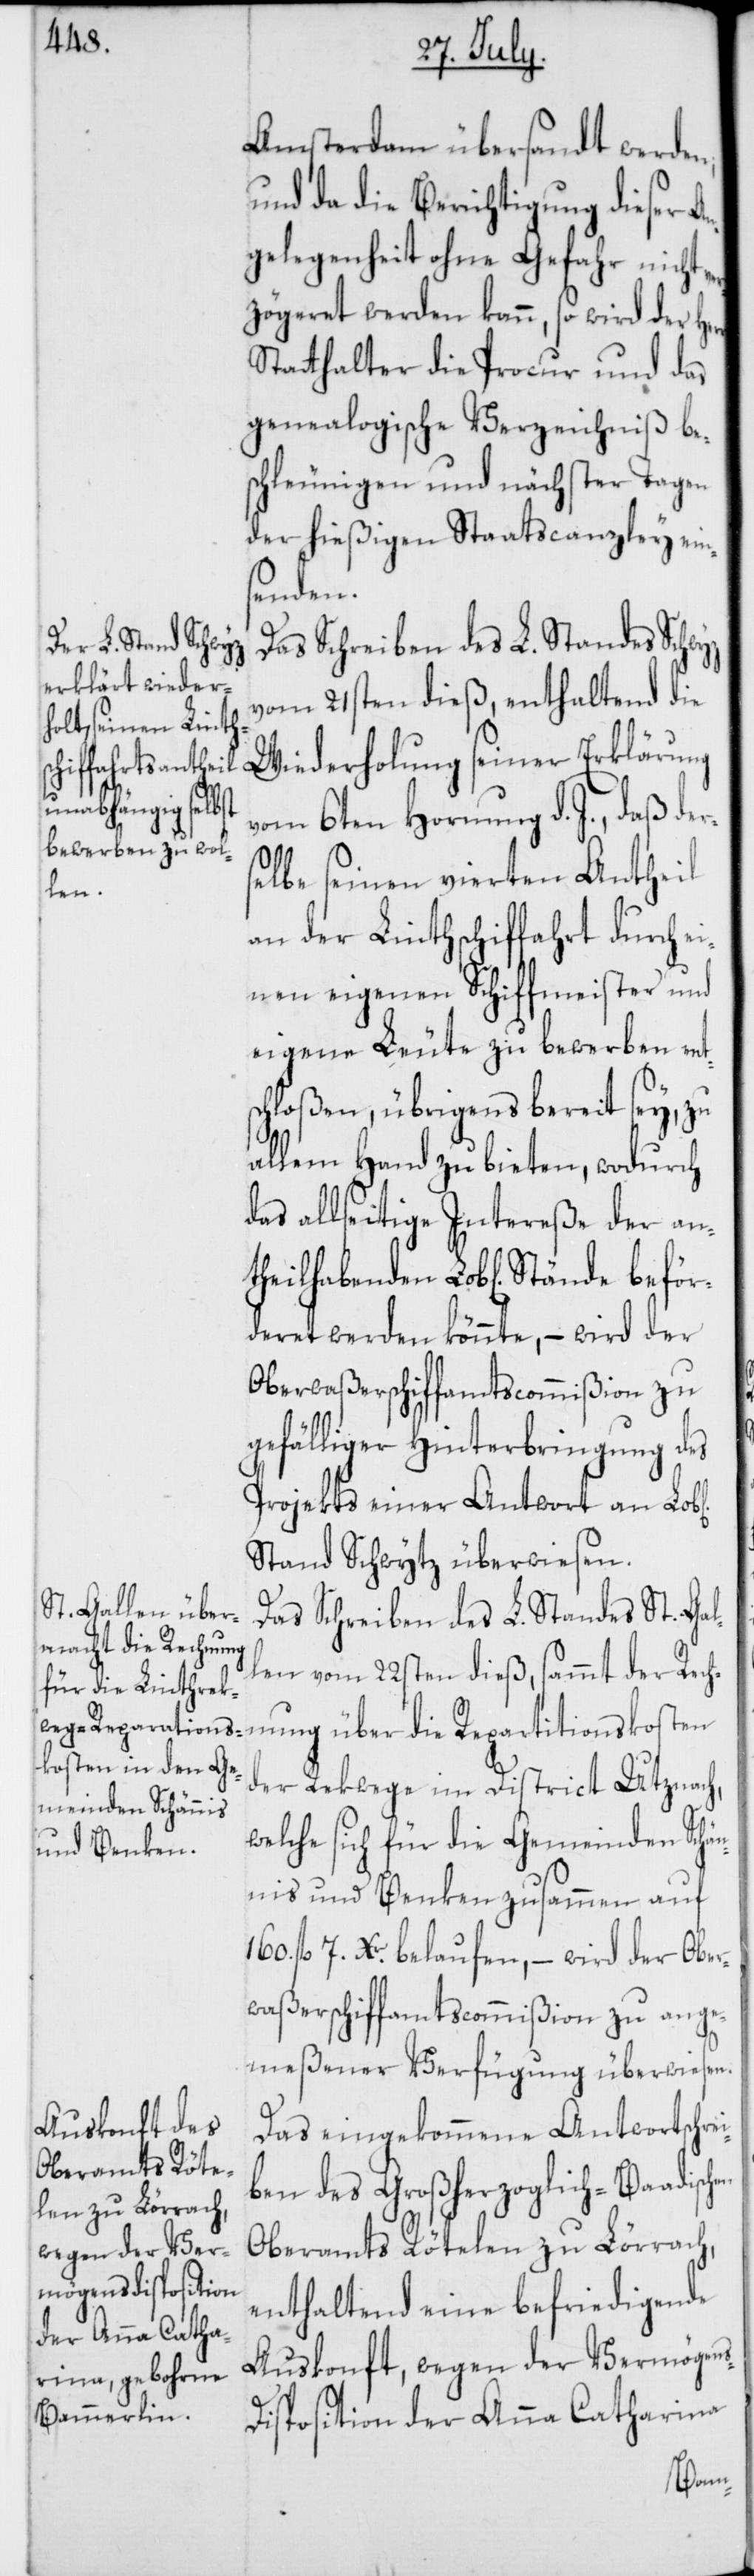
heilhabenden
Stände beför¬

Amsterdam übersandt werden;
und da die Berichtigung dieser A¬
ngelegenheit ohne Gefahr nicht
ögeret werden kann, so wird der He¬
Stathalter die Procur und das
genealogische Verzeichniß be¬
schleunigen und nächster Tagen
der hießigen Staatscanzley ein¬
senden.
Das Schreiben des L. Standes Schwyz
vom 21sten dieß, enthaltend die
Wiederholung seiner Erklärung
vom 6ten Hornung d. J., daß der¬
selbe seinen vierten Antheil
an der Linthschiffahrt durch ei¬
nen eigenen Schiffmeister und
eigene Leute zu bewerben entsc¬
hloßen, übrigens bereit sey, zu
allem Hand zu bieten, wodurch
das allseitige Intereße der ant¬
deret werden könnte, – wird der
Oberwaßerschiffamtscommißion zu
gefälliger Hinterbringung des
Projekts einer Antwort an Lob[l¬
Stand Schwytz überwiesen.
Das Schreiben des L. Standes St. Gal¬
len vom 22sten dieß, sammt der Rech¬
nung über die Repartitionskosten
der Rekwege im District Utznach,
welche sich für die Gemeinden Schän¬
nis und Benken zusammen auf
fl. 7. Xr belaufen, – wird der Ober¬
waßerschiffamtscommißion zu ange¬
meßener Verfügung überwiesen.
Das eingekommene Antwortschrei¬
ben des Großherzoglich-Baadischen
Oberamts Rötelen zu Lörrach,
enthaltend eine befriedigende
Auskonft, wegen der Vermögens¬
disposition der Anna Catharina
ichen]